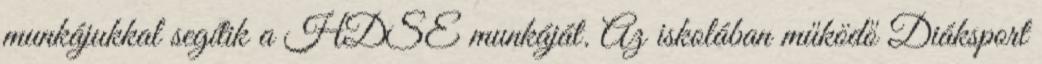
munkájukkal segítik a HDSE munkáját. Az iskolában működő Diáksport